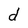
Character: d